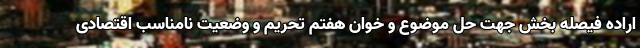
اراده فیصله بخش جهت حل موضوع و خوان هفتم تحریم و وضعیت نامناسب اقتصادی